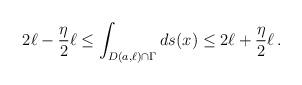
LaTeX: \begin{align*}2\ell-\frac{\eta}2\ell\leq \int_{D(a,\ell)\cap\Gamma}ds(x)\leq2\ell+\frac{\eta}2\ell\,.\end{align*}